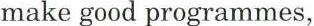
make good programmes,